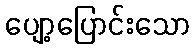
ပျော့ပြောင်းသော